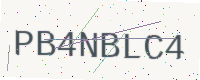
Text: PB4NBLC4